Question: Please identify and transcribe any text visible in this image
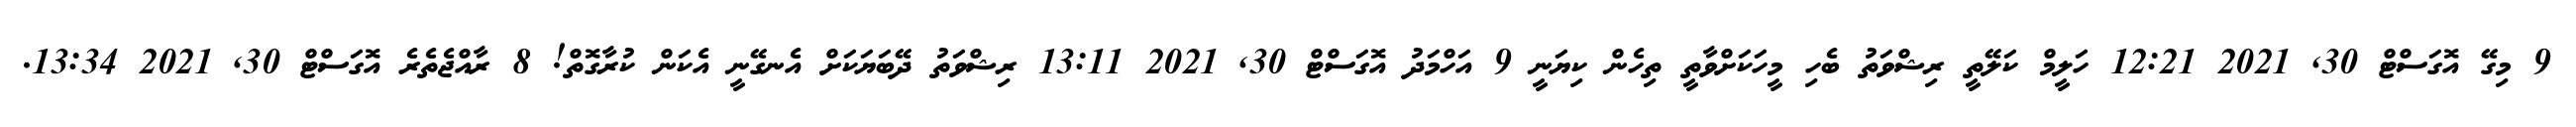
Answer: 9 މިގޭ އޮގަސްޓް 30, 2021 12:21 ހަލީމް ކަލޭތީ ރިޝްވަތު ބެހި މީހަކަށްވާތީ ތިހެން ކިޔަނީ 9 އަހްމަދު އޮގަސްޓް 30, 2021 13:11 ރިޝްވަތު ދޭބަޔަކަށް އެނގޭނީ އެކަން ކުރާގޮތް! 8 ރާއްޖެތެރެ އޮގަސްޓް 30, 2021 13:34.